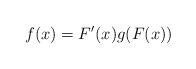
\begin{align*}f(x)= F'(x) g(F(x))\end{align*}